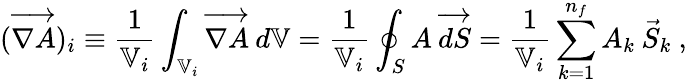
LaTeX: (\overrightarrow{\nabla A})_{i}\equiv\frac{1}{\mathbb{V}_{i}}\int_{\mathbb{V}_{i}}\overrightarrow{\nabla A}\: d\mathbb{V}=\frac{1}{\mathbb{V}_{i}}\oint_{S}A\: \overrightarrow{dS}=\frac{1}{\mathbb{V}_{i}}\sum_{k=1}^{n_{f}}A_{k}\: \vec{S}_{k}\mathrm{~,}